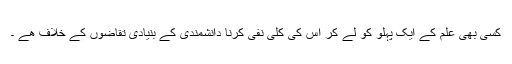
کسی بھی علم کے ایک پہلو کو لے کر اس کی کلی نفی کرنا دانشمندی کے بنیادی تقاضوں کے خلاف ھے ۔